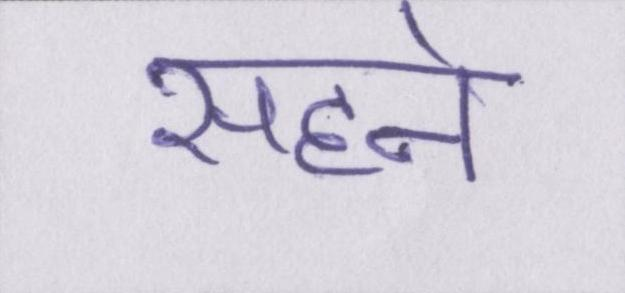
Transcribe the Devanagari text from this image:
सहने